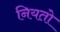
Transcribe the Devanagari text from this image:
नियतो